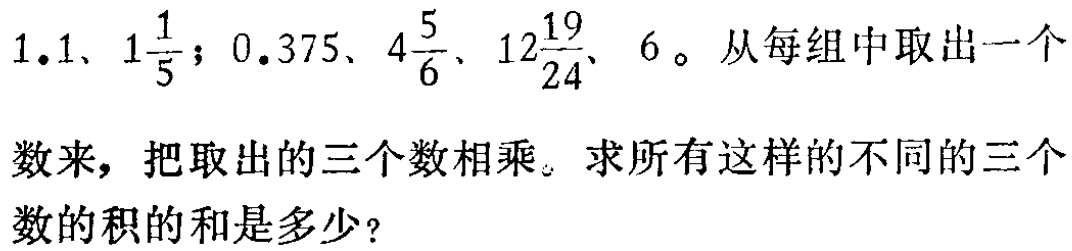
1.1、$1\frac{1}{5}$；0.375、$4\frac{5}{6}$、$12\frac{19}{24}$、6。从每组中取出一个数来，把取出的三个数相乘。求所有这样的不同的三个数的积的和是多少？